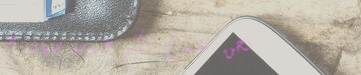
نحن نقدم لكم خدمة صيانة ج